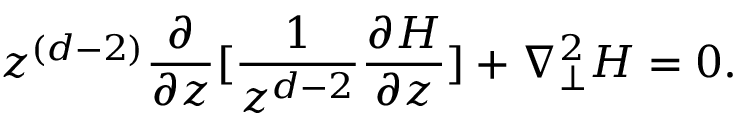
z ^ { ( d - 2 ) } \frac { \partial } { { \partial } z } [ \frac { 1 } { z ^ { d - 2 } } \frac { { \partial } H } { { \partial } z } ] + { \nabla } _ { \perp } ^ { 2 } H = 0 .